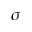
\sigma